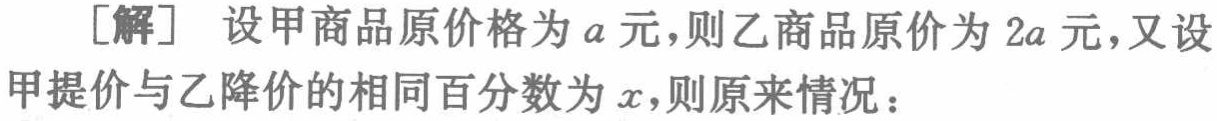
[解] 设甲商品原价格为\(a\)元，则乙商品原价为\(2a\)元，又设甲提价与乙降价的相同百分数为\(x\)，则原来情况：